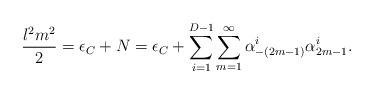
LaTeX: \begin{align*}\frac{l^2m^2}{2}=\epsilon_C+N =\epsilon_C + \sum_{i=1}^{D-1}\sum_{m=1}^{\infty}\alpha^i_{-(2m-1)}\alpha^i_{2m-1}.\end{align*}